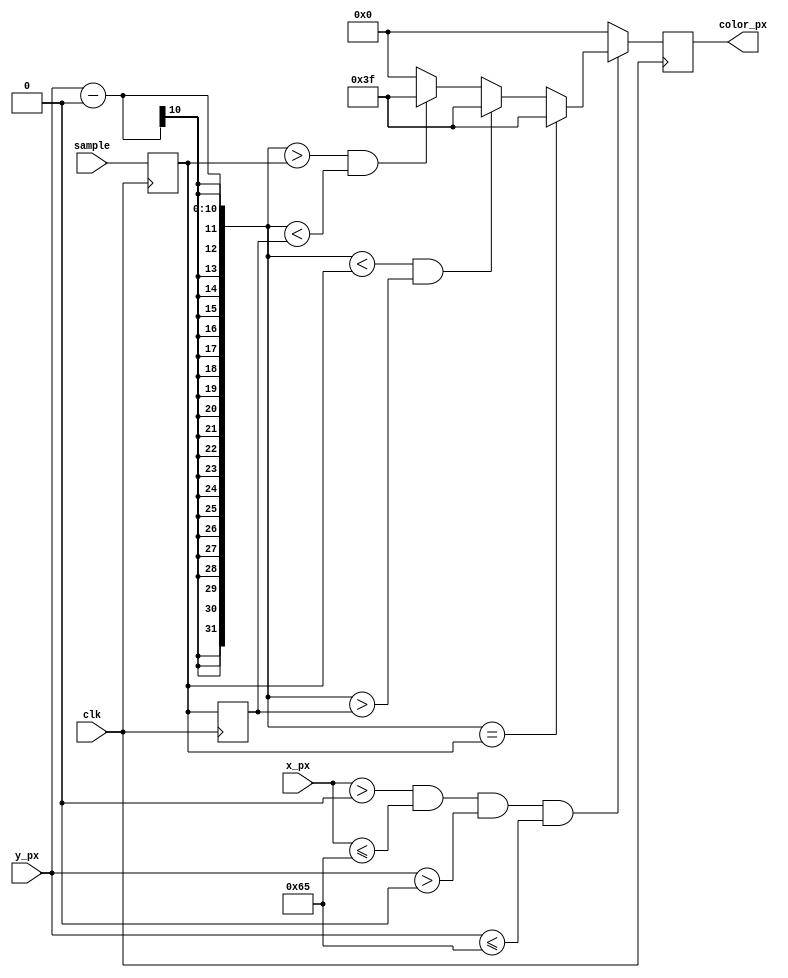
`default_nettype none
module waveform
#(
    parameter x_off = 0,
    parameter y_off = 0,
    parameter color = 6'b111111,
    parameter w = 100,
    parameter h = 100,
    parameter addr_width = 10,
    parameter data_width = 16
)
(
    input wire        clk,        // System clock.
    input wire [9:0]  x_px,       // X position actual pixel.
    input wire [9:0]  y_px,       // Y position actual pixel.
    output reg [5:0]  color_px,    // Actual pixel color.
    input wire [data_width-1:0] sample
);

    wire [addr_width-1:0] addr;
//    wire [data_width-1:0] sample;

    assign addr = x_px - x_off;

    reg [data_width-1:0] last, current;

    always @(posedge clk) begin
        current <= sample;
        last <= current;
    end


    always @(posedge clk)
    begin
        // If we're inside the square
        if ((x_px > x_off) && (x_px <= x_off + w + 1) && (y_px > y_off) && (y_px <= y_off + h + 1))   
        begin
            if(y_px - y_off == current)
                color_px <= color;
            else if((y_px - y_off) < current && (y_px - y_off) > last)
                color_px <= color;
            else if((y_px - y_off) > current && (y_px - y_off) < last)
                color_px <= color;
            else
                color_px <= 0;
        end
        else
           color_px <= 0;
    end

endmodule